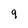
Character: 9